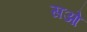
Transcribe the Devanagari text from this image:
सओ